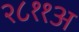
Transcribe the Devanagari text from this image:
२८११अ